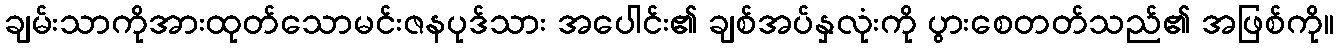
ချမ်းသာကိုအားထုတ်သောမင်းဇနပုဒ်သား အပေါင်း၏ ချစ်အပ်နှလုံးကို ပွားစေတတ်သည်၏ အဖြစ်ကို။